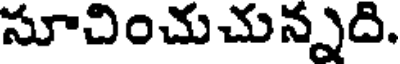
సూచించుచున్నది.